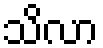
သိလာ